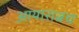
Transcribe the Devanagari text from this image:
आयारात्नच